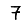
Digit: 7